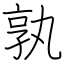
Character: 孰